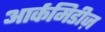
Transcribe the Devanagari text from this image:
आर्कमिडीज़